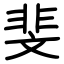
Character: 斐